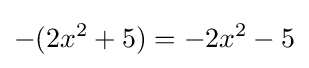
-(2x^{2}+5)=-2x^{2}-5